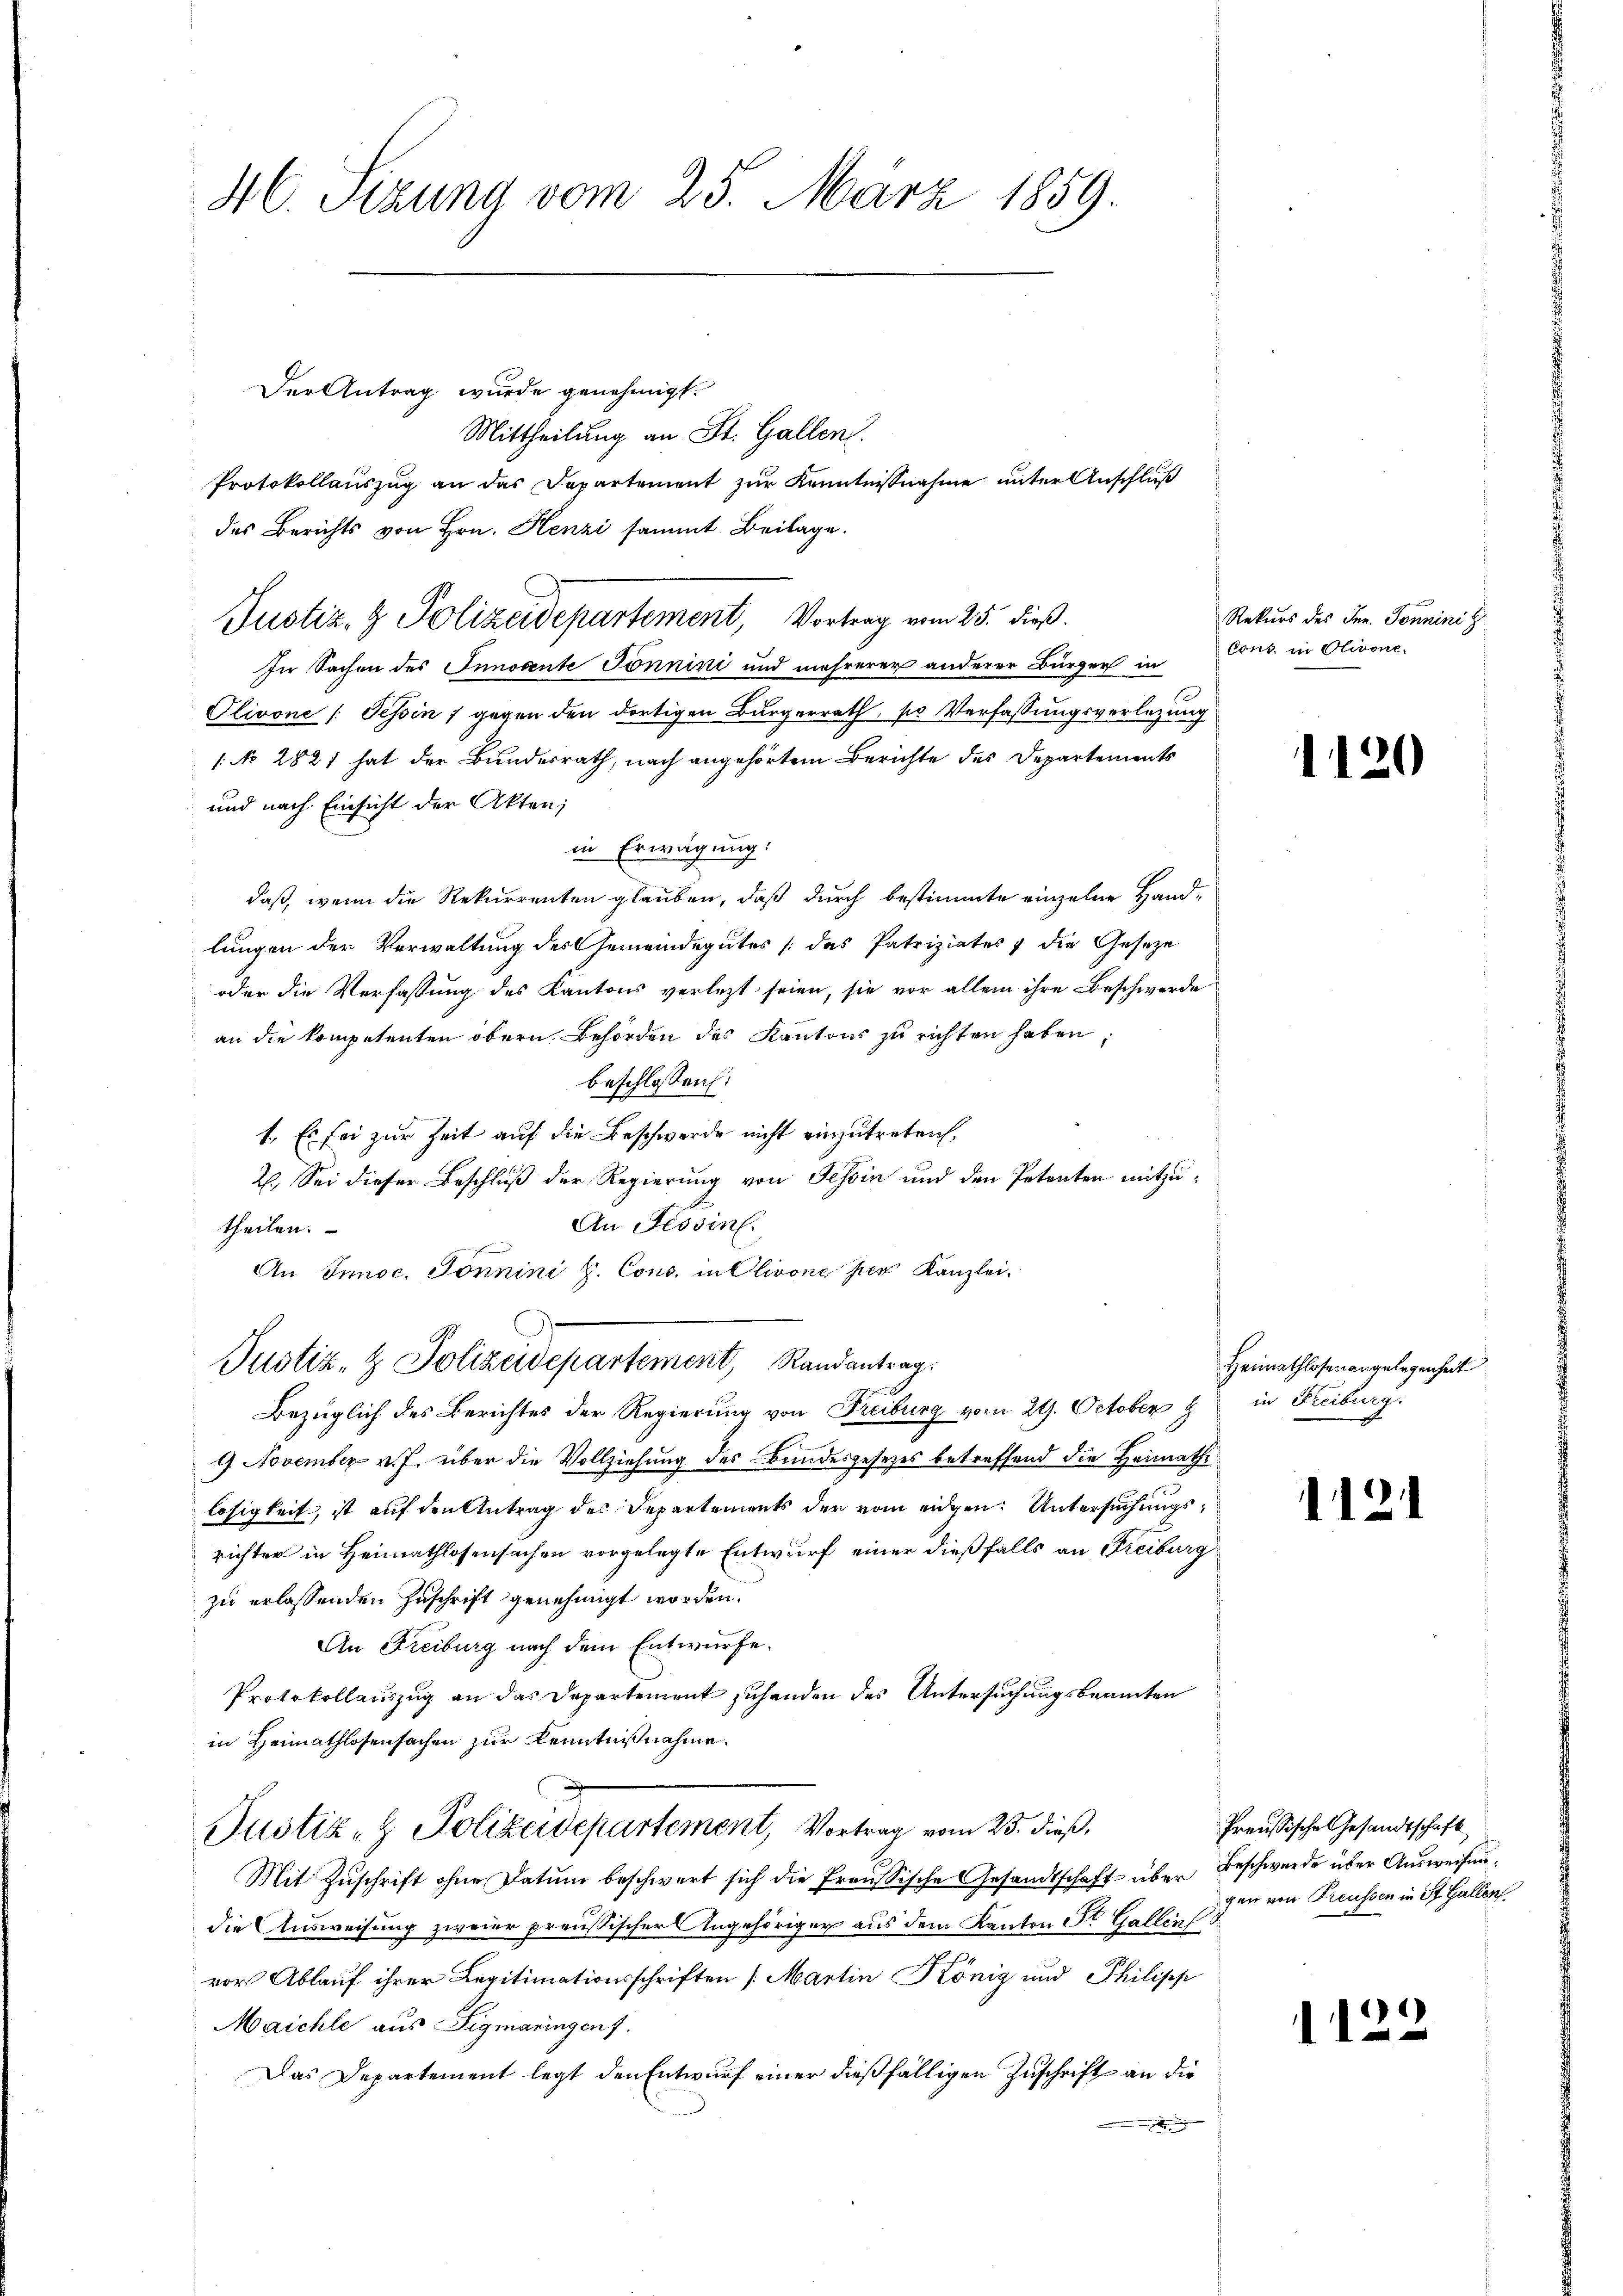
H. Sizung vom 25. März 1859.

Der Antrag wurde genehmigt.
Mittheilung an St. Gallen.
Protokollauszug an das Departement zur Kenntnißnahme unter Anschluß
des Berichts von Hrn. Henzi sammt Beilage.
In Sachen des Innocente Jonnini und mehrerer anderer Bürger in
Olivone (Tessin 1 gegen den dortigen Bürgerrath, so Verfassungsverlegung
(No 2821 hat der Bundesrath, nach angehörtem Berichte des Departements
und nach Einsicht der Akten;
in Erwägung:
daß, wenn die Rekurrenten glauben, daß durch bestimmte einzelne Handlungen der Verwaltung des Gemeindegutes (das Patriziates & die Gesetze
oder die Verfassung des Kantons verletzt seien, sie vor allem ihre Beschwerde
an die Kompetenten obern Behörden des Kantons zu richten haben,
beschlossen:
1. Es sei zur Zeit auf die Beschwerde nicht einzutreten,
2. Sei dieser Beschluß der Regierung von Tessin und den Petenten mitzu¬
An Tessin.
theilen.
An Innoc. Sonnini H. Cons. in Olivone per Kanzlei.
Justiz- & Polizeidepartement, Randantrag.
Bezüglich des Berichtes der Regierung von Freiburg vom 24. October & in Freiburg.
9 November v. J. über die Vollziehung des Bundesgesetzes betreffend die Heimathe
losigkeit, ist auf den Antrag des Departements der vom eidgen. Untersuchungsrichter in Heimathlosensachen vorgelegte Entwurf einer dießfalls an Freiburg
zu erlassenden Zuschrift genehmigt worden.
An Freiburg nach dem Entwurfe.
Protokollauszug an das Departement zuhanden des Untersuchungsbeamten
in Heimathlosensachen zur Kenntnißnahme.
Justiz- & Polizeidepartement, Vortrag vom 25. dieß,
Mit Zuschrift ohne Datum beschwert sich die Preussische Gesandtschaft über
die Ausweisung zweier preußischer Angehöriger aus dem Kanton St. Gallen
vor Ablauf ihrer Legitimationsschriften (Martin König und Philisch
Maichle aus Sigmaringen 7.
Das Departement legt den Entwurf einer dießfälligen Zuschrift an die
e

Justiz- & Polizeidepartement, Vortrag vom 25. dieß.

Rekurs des Inn. Sonnini z
Cons. in Olivone

Heimathlosenangelegenheit

1120

.

Preußische Gesandtschaft,
Beschwerde über Ausweisengen von Freussen in St. Gallen

112.